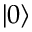
\left| 0 \right\rangle